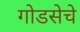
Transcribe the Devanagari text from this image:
गोडसेचे